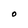
Character: O